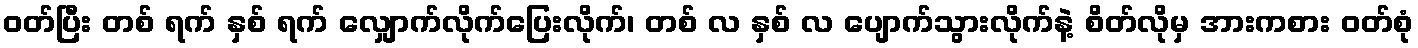
ဝတ်ပြီး တစ် ရက် နှစ် ရက် လျှောက်လိုက်ပြေးလိုက်၊ တစ် လ နှစ် လ ပျောက်သွားလိုက်နဲ့ စိတ်လိုမှ အားကစား ဝတ်စုံ